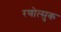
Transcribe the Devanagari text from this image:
रणोत्सुक